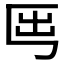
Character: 𡴈